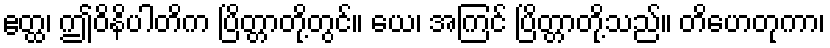
ဧတ္ထ၊ ဤဝိနိပါတိက ပြိတ္တာတို့တွင်။ ယေ၊ အကြင် ပြိတ္တာတို့သည်။ တိဟေတုကာ၊